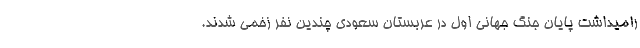
رامیداشت پایان جنگ جهانی اول در عربستان سعودی چندین نفر زخمی شدند.